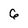
Character: 6